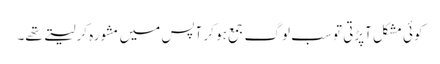
کوئی مشکل آپڑتی تو سب لوگ جمع ہو کر آپس میں مشورہ کرلیتے تھے۔